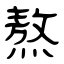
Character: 熬